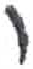
אות: י